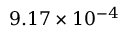
9 . 1 7 \times 1 0 ^ { - 4 }